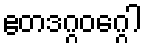
ဧတဒဂ္ဂဝဂ္ဂေါ